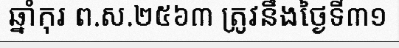
ឆ្នាំកុរ ព.ស.២៥៦៣ ត្រូវនឹងថ្ងៃទី៣១